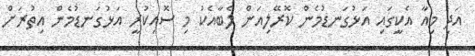
އަދި މިއާ އެކީގައި އަޅުގަނޑުމެން ކޮރޭލިއަން ލެބާއެކު މި ސޮއިކުރީ އަޅުގަނޑުމެން އިތުރަށް